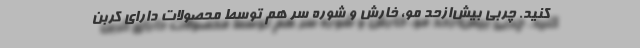
کنید. چربی بیش‌ازحد مو، خارش و شوره سر هم توسط محصولات دارای کربن